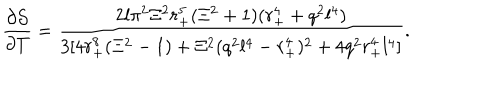
LaTeX: \frac { \partial \mathcal { S } } { \partial T } = \frac { 2 l \pi ^ { 2 } \Xi ^ { 2 } r _ { + } ^ { 5 } ( \Xi ^ { 2 } + 1 ) ( r _ { + } ^ { 4 } + q ^ { 2 } l ^ { 4 } ) } { 3 [ 4 r _ { + } ^ { 8 } ( \Xi ^ { 2 } - 1 ) + \Xi ^ { 2 } ( q ^ { 2 } l ^ { 4 } - r _ { + } ^ { 4 } ) ^ { 2 } + 4 q ^ { 2 } r _ { + } ^ { 4 } l ^ { 4 } ] } .